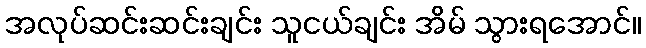
အလုပ်ဆင်းဆင်းချင်း သူငယ်ချင်း အိမ် သွားရအောင်။